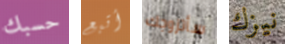
حسبك أتبع سأتزوجك نيزك